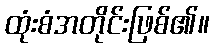
ထုံးစံအတိုင်းဖြစ်၏။